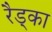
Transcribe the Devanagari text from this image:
रैड्का